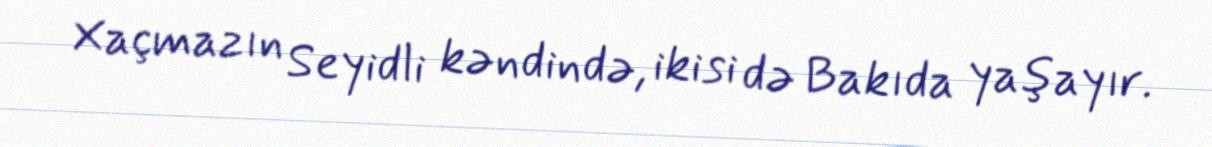
Xaçmazın Seyidli kəndində, ikisi də Bakıda yaşayır.